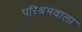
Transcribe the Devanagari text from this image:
परिश्रमवाला